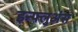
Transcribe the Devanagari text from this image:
इन्फ्लुअंस